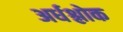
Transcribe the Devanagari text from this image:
अर्धश्लोक